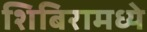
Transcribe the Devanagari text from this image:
शिबिरामध्ये